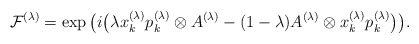
\begin{align*}\mathcal{F}^{(\lambda)}=\exp \big(i\big(\lambda x_k^{(\lambda)}p_k^{(\lambda)}\otimes A^{(\lambda)}-(1-\lambda)A^{(\lambda)}\otimes x_k^{(\lambda)}p_k^{(\lambda)}\big)\big).\end{align*}